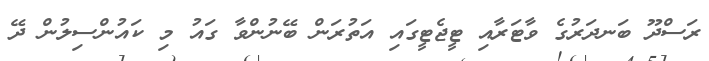
ރަސްދޫ ބަނދަރުގެ ވާޓަރާއި ޓީޖެޓީގައި އަތުރަން ބޭނުންވާ ގައު މި ކައުންސިލުން ދޭ